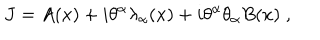
J = A ( x ) + i \theta ^ { \alpha } \lambda _ { \alpha } ( x ) + i \theta ^ { \alpha } \theta _ { \alpha } B ( x ) \; ,